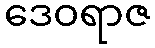
ဒေဝရာဇ